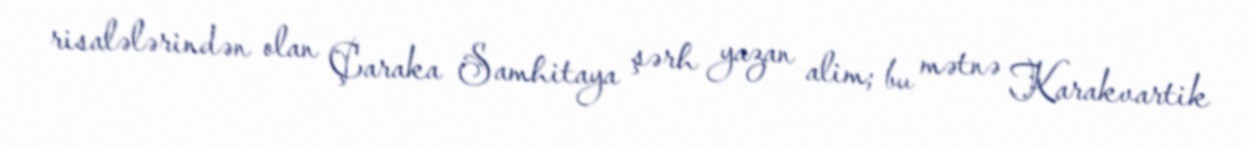
risalələrindən olan Çaraka Samhitaya şərh yazan alim; bu mətnə Karakvartik